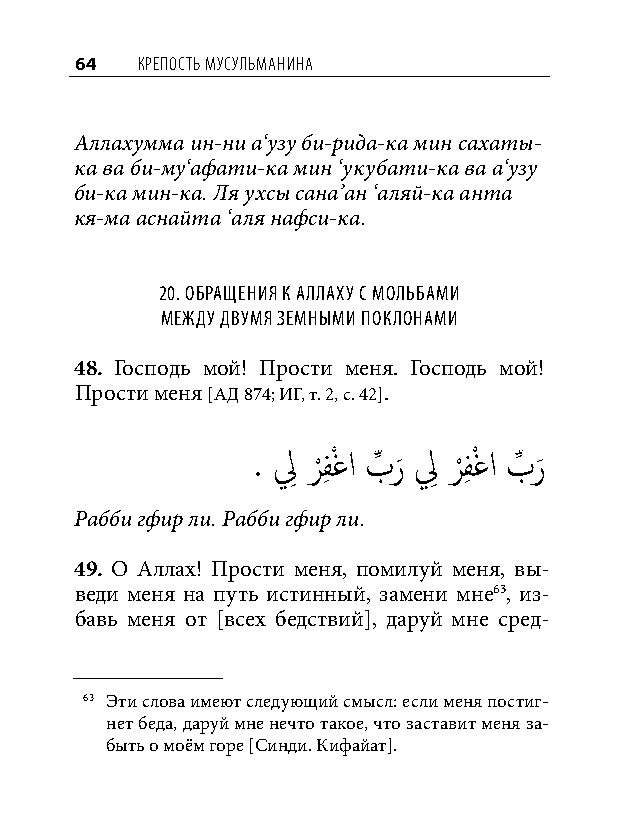
64  КреПость мусульманина
 Аллахумма ин-ни а‘узу би-рида-ка мин сахаты-
 ка ва би-му‘афати-ка мин ‘укубати-ка ва а‘узу
 би-ка мин-ка. Ля ухсы сана’ан ‘аляй-ка анта
 кя-ма аснайта ‘аля нафси-ка.
 20. обращения к аллаху С мольбами
 между двумя земными поклонами
 48. Господь мой! Прости меня. Господь мой!
 Прости меня [АД 874; ИГ, т. 2, с. 42].
 . لِ ر
 ْ
 فِ ْغا بِّ ر
 َ
 لِ ر
 ْ
 فِ ْغا بِّ ر
 َ
 Рабби гфир ли. Рабби гфир ли.
 49. О Аллах! Прости меня, помилуй меня, вы-
 веди меня на путь истинный, замени мне63, из-
 бавь меня от [всех бедствий], даруй мне сред-
 63 Эти слова имеют следующий смысл: если меня постиг-
 нет беда, даруй мне нечто такое, что заставит меня за-
 быть о моём горе [Синди. Кифайат].